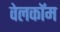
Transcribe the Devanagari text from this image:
वेलकॉम